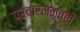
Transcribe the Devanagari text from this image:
प्रचारमन्त्री